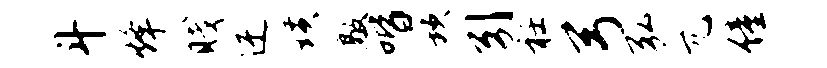
斗烽贱迂璜敲喈坎引衽弓弘兀僮